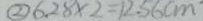
\textcircled { 2 } 6 . 2 8 \times 2 = 1 2 . 5 6 c m